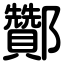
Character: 酇